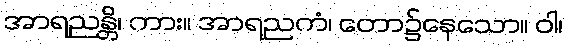
အာရညန္တိ၊ ကား။ အာရညကံ၊ တော၌နေသော။ ဝါ၊